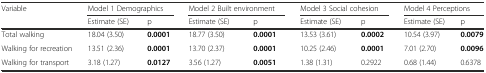
<table><thead><tr><td><b>Variable</b></td><td colspan="2"><b>Model 1 Demographics</b></td><td colspan="2"><b>Model 2 Built environment</b></td><td colspan="2"><b>Model 3 Social cohesion</b></td><td colspan="2"><b>Model 4 Perceptions</b></td></tr><tr><td></td><td><b>Estimate (SE)</b></td><td><b>p</b></td><td><b>Estimate (SE)</b></td><td><b>p</b></td><td><b>Estimate (SE)</b></td><td><b>p</b></td><td><b>Estimate (SE)</b></td><td><b>p</b></td></tr></thead><tbody><tr><td>Total walking</td><td>18.04 (3.50)</td><td><b>0.0001</b></td><td>18.77 (3.50)</td><td><b>0.0001</b></td><td>13.53 (3.61)</td><td><b>0.0002</b></td><td>10.54 (3.97)</td><td><b>0.0079</b></td></tr><tr><td>Walking for recreation</td><td>13.51 (2.36)</td><td><b>0.0001</b></td><td>13.70 (2.37)</td><td><b>0.0001</b></td><td>10.25 (2.46)</td><td><b>0.0001</b></td><td>7.01 (2.70)</td><td><b>0.0096</b></td></tr><tr><td>Walking for transport</td><td>3.18 (1.27)</td><td><b>0.0127</b></td><td>3.56 (1.27)</td><td><b>0.0051</b></td><td>1.38 (1.31)</td><td>0.2922</td><td>0.68 (1.44)</td><td>0.6378</td></tr></tbody></table>